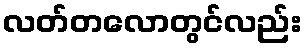
လတ်တလောတွင်လည်း